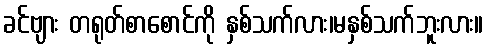
ခင်ဗျား တရုတ်စာစောင်ကို နှစ်သက်လား၊မနှစ်သက်ဘူးလား။